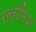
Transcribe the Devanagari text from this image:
सन्नोमिया